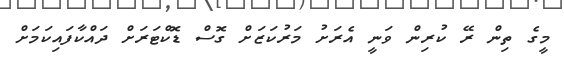
މީގެ ތިން ރޭ ކުރިން ވަނީ އެރަށު މަރުކަޒަށް ގޮސް ޑޮކްޓަރަށް ދައްކާފައިކަމަށް